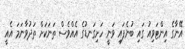
އޭނާގެ އިންޓަވިއު ގައި ބުނެފައި ވަނީ ހަށިގަނޑުގެ އެއްވެސް ތަނަކަށް ތަދުވާނަމަ އެއީ